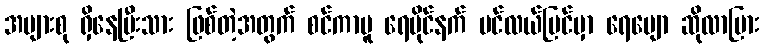
အများစု ရှိနေပြီးသား ဖြစ်တဲ့အတွက် စင်ကာပူ ရေပိုင်နက် ပင်လယ်ပြင်မှာ ရေမျော ဆိုလာပြား